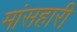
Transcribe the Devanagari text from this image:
मांसहारी